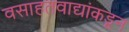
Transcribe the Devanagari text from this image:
वसाहतवाद्यांकडून